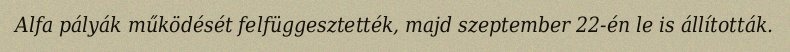
Alfa pályák működését felfüggesztették, majd szeptember 22-én le is állították.